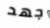
جهد